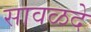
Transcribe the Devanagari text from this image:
सावळदे